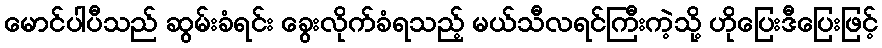
မောင်ပါပီသည် ဆွမ်းခံရင်း ခွေးလိုက်ခံရသည့် မယ်သီလရင်ကြီးကဲ့သို့ ဟိုပြေးဒီပြေးဖြင့်